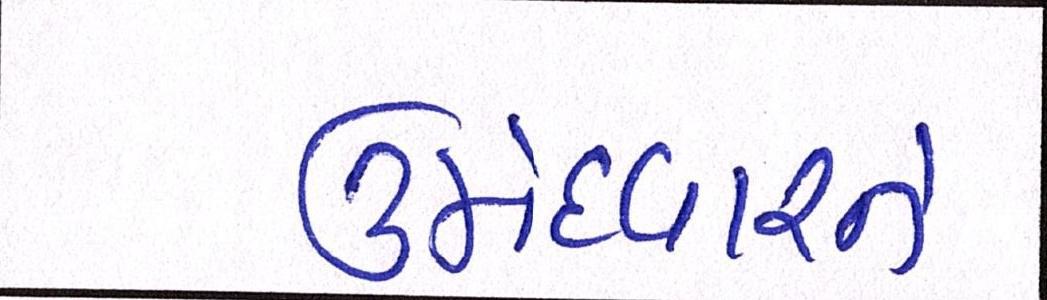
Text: ઉમેદવારને